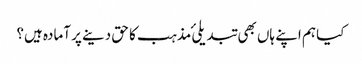
کیا ہم اپنے ہاں بھی تبدیلیٔ مذہب کا حق دینے پر آمادہ ہیں؟